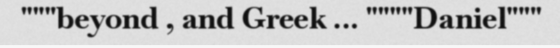
"""beyond , and Greek ... """"Daniel"""